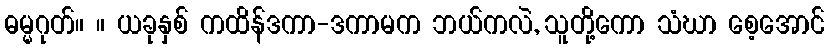
ဓမ္မဂုတ်။ ။ ယခုနှစ် ကထိန်ဒကာ-ဒကာမက ဘယ်ကလဲ, သူတို့ကော သံဃာ စေ့အောင်